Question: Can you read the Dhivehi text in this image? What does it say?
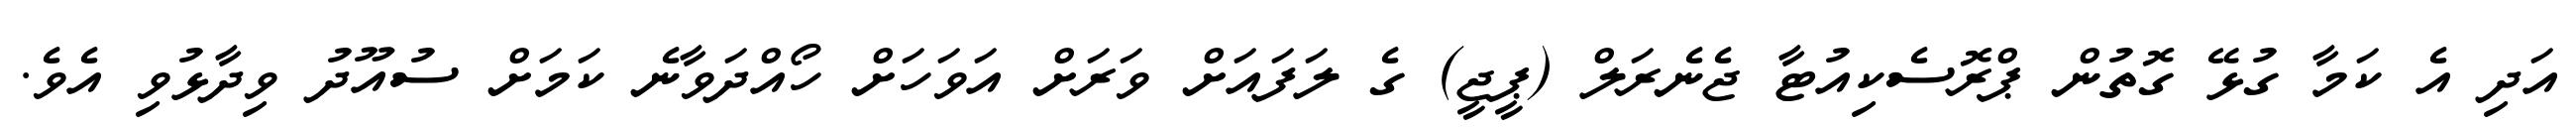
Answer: އަދި އެ ކަމާ ގުޅޭ ގޮތުން ޕްރޮސެކިއުޓާ ޖެނެރަލް (ޕީޖީ) ގެ ލަފައަށް ވަރަށް އަވަހަށް ހޯއްދަވާނެ ކަމަށް ސުއޫދު ވިދާޅުވި އެވެ.